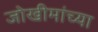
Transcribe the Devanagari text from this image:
जोखीमांच्या